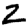
Digit: 2